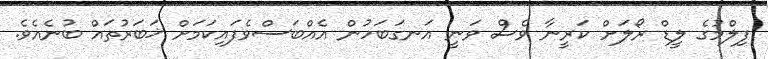
ފިލްމުގެ ލީޑް ރޯލަށް ކަރީނާ ވެސް ވަނީ އަނގަބަހުން އެއްބަސްވެފައިކަމަށް ޚަބަރުތައް ބުނެއެވެ.